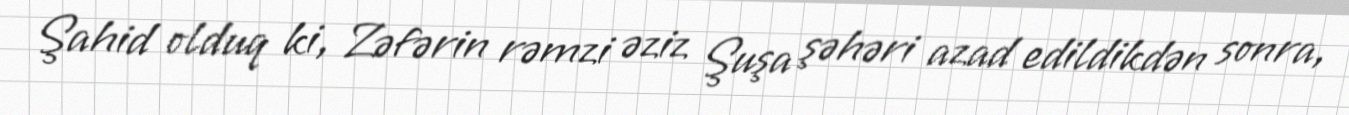
Şahid olduq ki, Zəfərin rəmzi əziz Şuşa şəhəri azad edildikdən sonra,